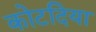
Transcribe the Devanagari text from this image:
कोटदिया